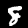
Label: 8